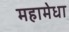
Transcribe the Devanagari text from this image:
महामेधा